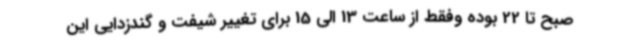
صبح تا 22 بوده وفقط از ساعت 13 الی 15 برای تغییر شیفت و گندزدایی این